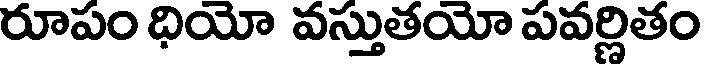
రూపం ధియో వస్తుతయో పవర్లితం